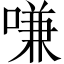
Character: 嗛